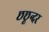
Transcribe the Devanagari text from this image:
छछून्दर